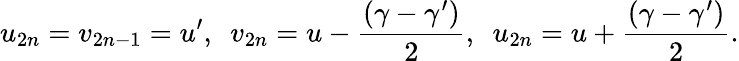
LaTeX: u_{2n}=v_{2n-1}=u^{\prime},~~v_{2n}=u-\frac{(\gamma-\gamma^{\prime})}{2},~~u_{2n}=u+\frac{(\gamma-\gamma^{\prime})}{2}.